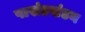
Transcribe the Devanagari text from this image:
पाखंडखंडन